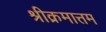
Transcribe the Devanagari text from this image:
श्रीक्रमात्तम